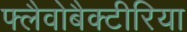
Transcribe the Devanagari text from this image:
फ्लैवोबैक्टीरिया